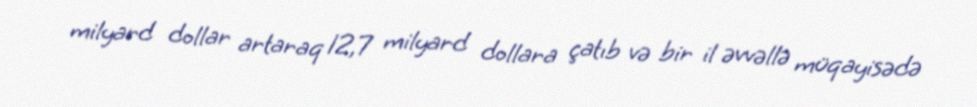
milyard dollar artaraq 12,7 milyard dollara çatıb və bir il əvvəllə müqayisədə